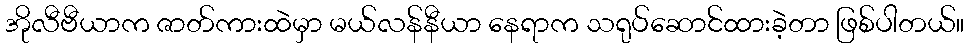
အိုလီဗီယာက ဇာတ်ကားထဲမှာ မယ်လန်နီယာ နေရာက သရုပ်ဆောင်ထားခဲ့တာ ဖြစ်ပါတယ်။